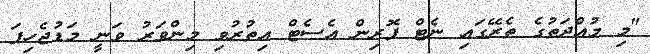
"މި މުއްދަތުގެ ތެރޭގައި ނެޓް ފޮރިން އެސެޓް އިތުރުވި މިންވަރު ވަނީ މަޑުޖެހިފަ